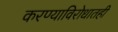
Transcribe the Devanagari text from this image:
करण्याविरोधातही